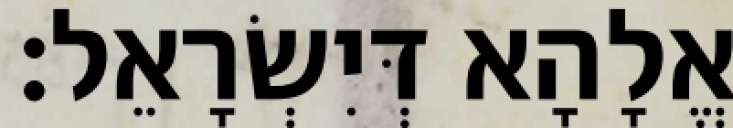
אֱלָהָא דְּיִשְׂרָאֵל׃